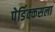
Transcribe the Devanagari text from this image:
पेर्डिक्कसला